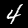
Digit: 4